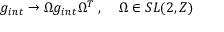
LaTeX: g _ { i n t } \rightarrow \Omega g _ { i n t } \Omega ^ { T } \; , \; \; \; \; \Omega \in S L ( 2 , Z )